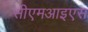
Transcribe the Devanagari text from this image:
सीएमआइएस